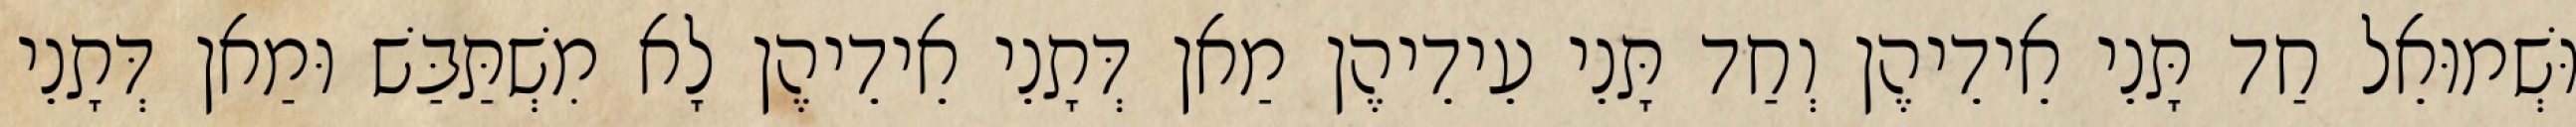
וּשְׁמוּאֵל חַד תָּנֵי אֵידֵיהֶן וְחַד תָּנֵי עֵידֵיהֶן מַאן דְּתָנֵי אֵידֵיהֶן לָא מִשְׁתַּבַּשׁ וּמַאן דְּתָנֵי